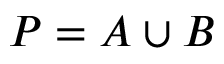
P = A \cup B